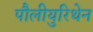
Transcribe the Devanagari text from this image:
पौलीयुरिथेन